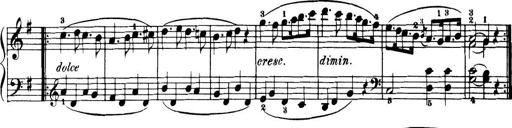
Title: 32 Sonatinas and Rondos for the Piano
Composer: Richard Kleinmichel